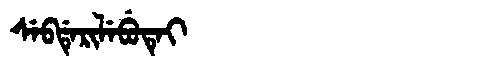
Manchu: ᠰᡝᠪᡩᡝᡵᡳᠯᡝᠪᡠᡨᡝᡳ
Romanization: SEBDERILEBUTEI